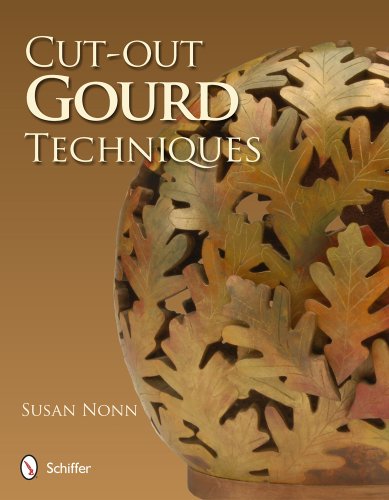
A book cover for Cut-Out Gourd Techniques; Susan Nonn; Crafts, Hobbies & Home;